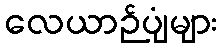
လေယာဉ်ပျံများ